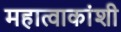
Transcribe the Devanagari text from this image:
महात्वाकांशी